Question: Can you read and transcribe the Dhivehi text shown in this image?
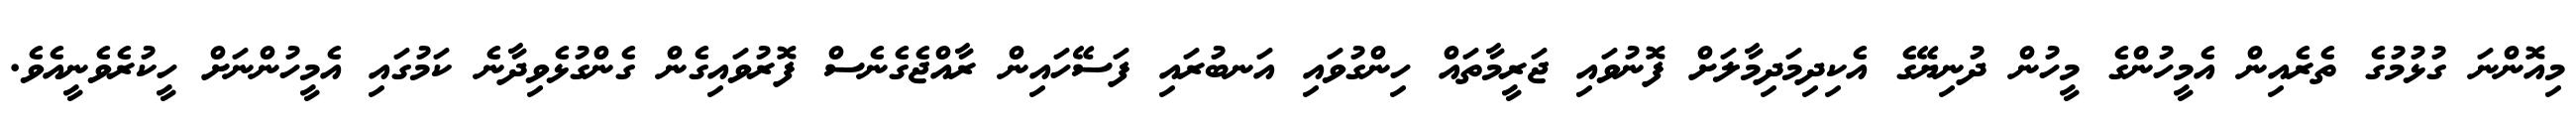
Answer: މިއޮންނަ ގުޅުމުގެ ތެރެއިން އެމީހުންގެ މީހުން ދުނިޔޭގެ އެކިދިމަދިމާލަށް ފޮނުވައި ޖަރީމާތައް ހިންގުވައި އަނބުރައި ފަސޭހައިން ރާއްޖެގެނެސް ފޮރުވައިގެން ގެންގުޅެވިދާނެ ކަމުގައި އެމީހުންނަށް ހީކުރެވެނީއެވެ.